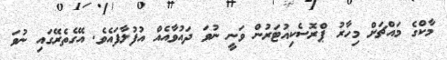
މާކްގެ މައްޗަށް މިހާރު ޕްރޮސެކިއުޓަރުން ވަނީ ނުވަ ދައުވާއެއް އުފުލާފައެވެ. އޭގެތެރޭގައި ނުވަ